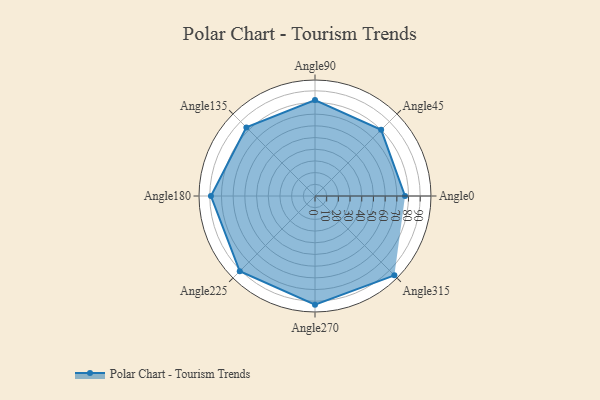
{"axis": {"x": "Angle", "y": "Radius"}, "legend": [""], "data": [{"x": "Angle0", "y": 77.0, "type": ""}, {"x": "Angle45", "y": 80.0, "type": ""}, {"x": "Angle90", "y": 82.0, "type": ""}, {"x": "Angle135", "y": 83.0, "type": ""}, {"x": "Angle180", "y": 89.0, "type": ""}, {"x": "Angle225", "y": 91.0, "type": ""}, {"x": "Angle270", "y": 93.0, "type": ""}, {"x": "Angle315", "y": 96.0, "type": ""}]}